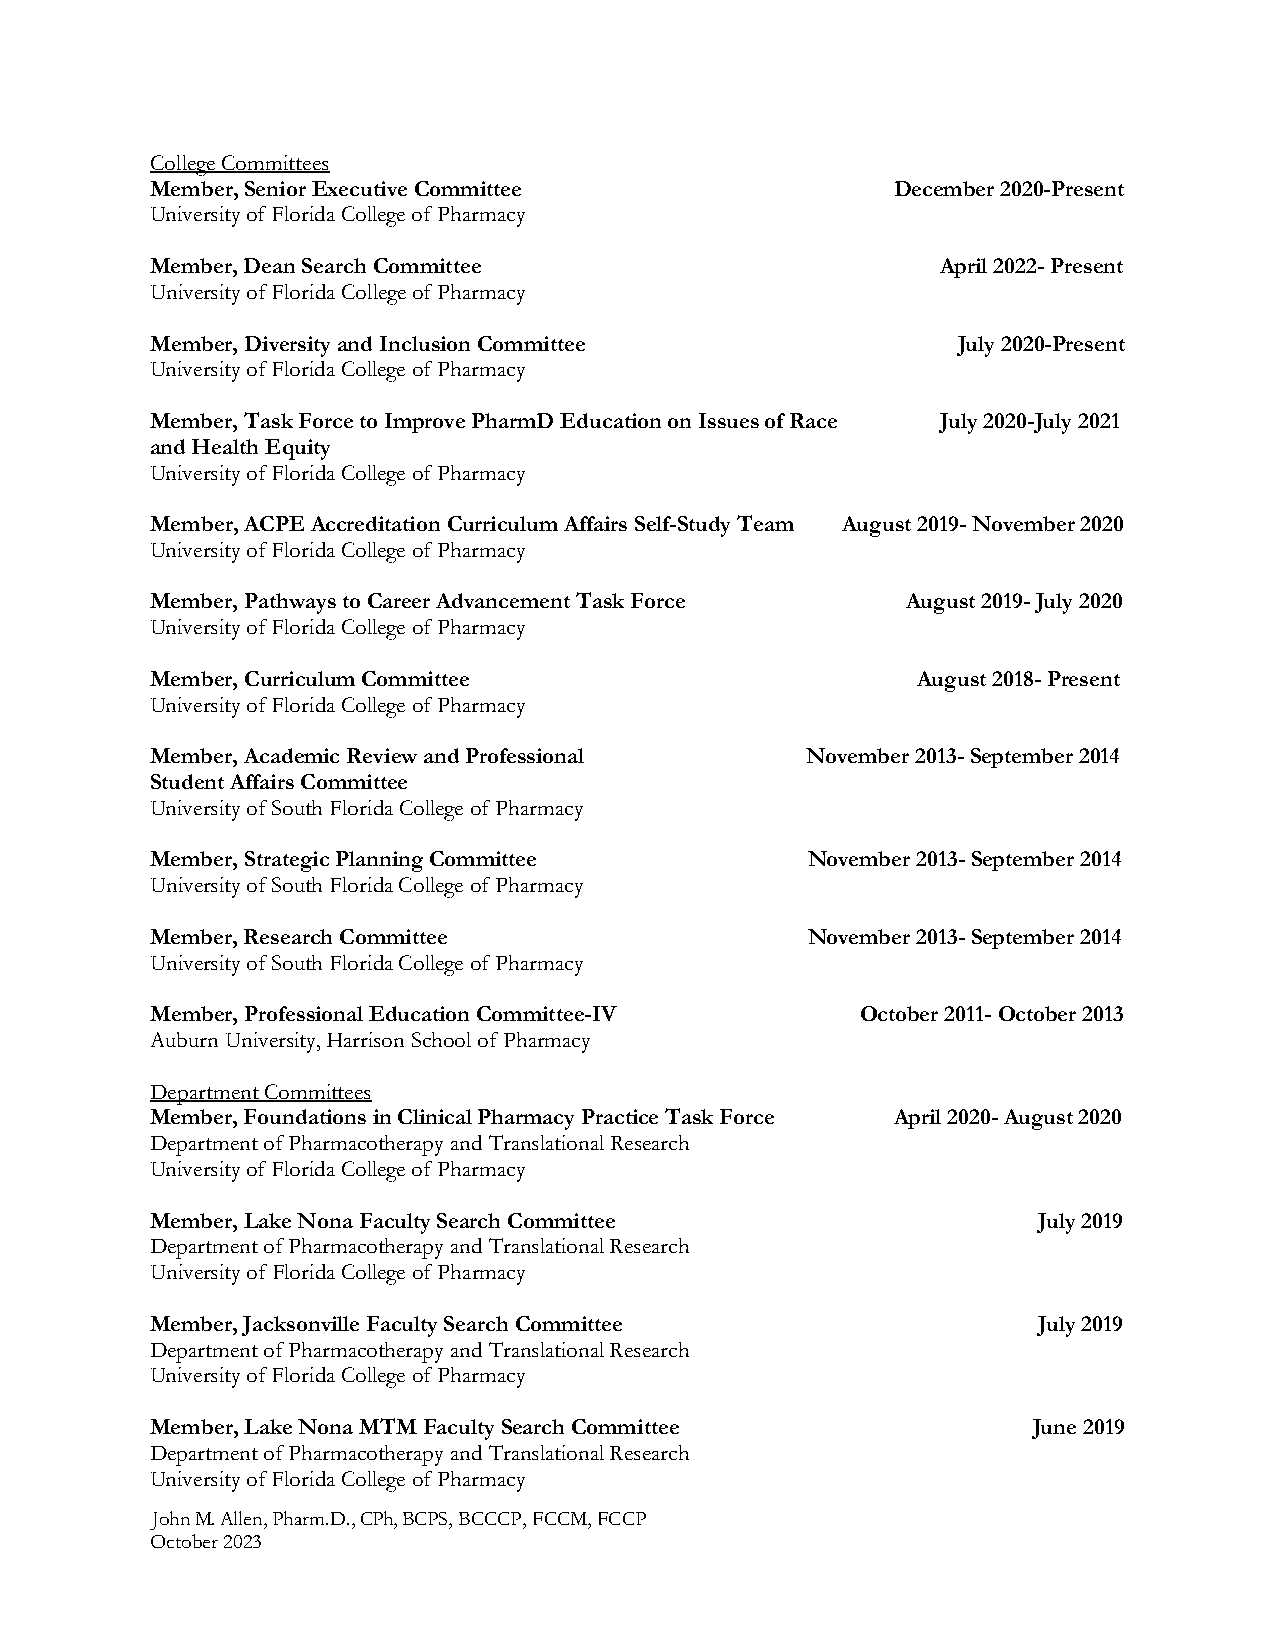
College Committees
 Member, Senior Executive Committee               December 2020-Present
 University of Florida College of Pharmacy
 Member, Dean Search Committee                       April 2022- Present
 University of Florida College of Pharmacy
 Member, Diversity and Inclusion Committee            July 2020-Present
 University of Florida College of Pharmacy
 Member, Task Force to Improve PharmD Education on Issues of Race July 2020-July 2021
 and Health Equity
 University of Florida College of Pharmacy
 Member, ACPE Accreditation Curriculum Affairs Self-Study Team August 2019- November 2020
 University of Florida College of Pharmacy
 Member, Pathways to Career Advancement Task Force August 2019- July 2020
 University of Florida College of Pharmacy
 Member, Curriculum Committee                       August 2018- Present
 University of Florida College of Pharmacy
 Member, Academic Review and Professional   November 2013- September 2014
 Student Affairs Committee
 University of South Florida College of Pharmacy
 Member, Strategic Planning Committee       November 2013- September 2014
 University of South Florida College of Pharmacy
 Member, Research Committee                 November 2013- September 2014
 University of South Florida College of Pharmacy
 Member, Professional Education Committee-IV    October 2011- October 2013
 Auburn University, Harrison School of Pharmacy
 Department Committees
 Member, Foundations in Clinical Pharmacy Practice Task Force April 2020- August 2020
 Department of Pharmacotherapy and Translational Research
 University of Florida College of Pharmacy
 Member, Lake Nona Faculty Search Committee                 July 2019
 Department of Pharmacotherapy and Translational Research
 University of Florida College of Pharmacy
 Member, Jacksonville Faculty Search Committee              July 2019
 Department of Pharmacotherapy and Translational Research
 University of Florida College of Pharmacy
 Member, Lake Nona MTM Faculty Search Committee            June 2019
 Department of Pharmacotherapy and Translational Research
 University of Florida College of Pharmacy
 John M. Allen, Pharm.D., CPh, BCPS, BCCCP, FCCM, FCCP
 October 2023